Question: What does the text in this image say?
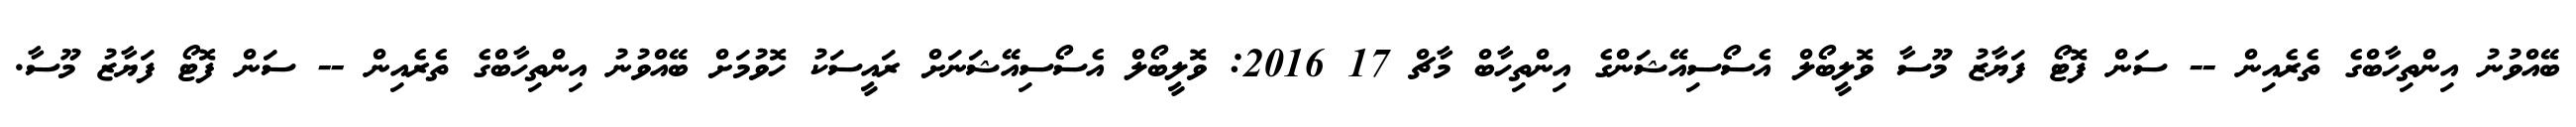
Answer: ބޭއްވުނު އިންތިހާބްގެ ތެރެއިން -- ސަން ފޮޓޯ ފަޔާޒު މޫސާ ވޮލީބޯލް އެސޯސިއޭޝަންގެ އިންތިހާބް މާޗް 17 2016: ވޮލީބޯލް އެސޯސިއޭޝަނަށް ރައީސަކު ހޮވުމަށް ބޭއްވުނު އިންތިހާބްގެ ތެރެއިން -- ސަން ފޮޓޯ ފަޔާޒު މޫސާ.